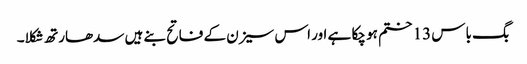
بگ باس 13 ختم ہو چکا ہے اور اس سیزن کے فاتح بنے ہیں سدھارتھ شکلا۔